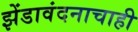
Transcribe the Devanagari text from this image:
झेंडावंदनाचाही